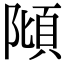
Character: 𨻺